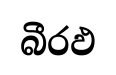
බීරඵ